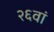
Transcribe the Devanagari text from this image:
२६वां